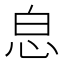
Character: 𢘣